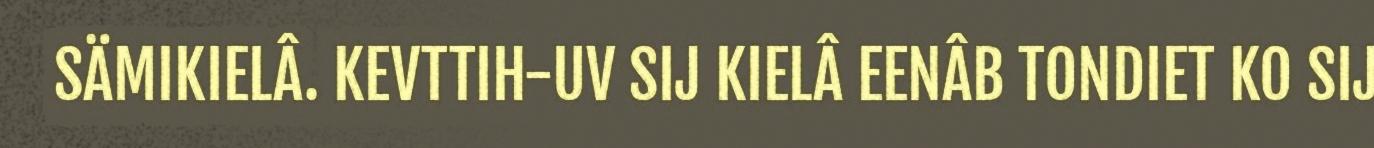
SÄMIKIELÂ. KEVTTIH-UV SIJ KIELÂ EENÂB TONDIET KO SIJ